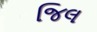
જિલ